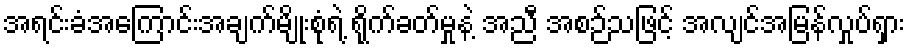
အရင်းခံအကြောင်းအချက်မျိုးစုံရဲ့ ရိုက်ခတ်မှုနဲ့ အညီ အစဉ်သဖြင့် အလျင်အမြန်လှုပ်ရှား